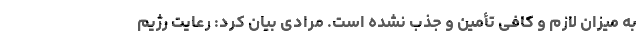
به میزان لازم و کافی تأمین و جذب نشده است. مرادی بیان کرد: رعایت رژیم